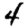
Digit: 4